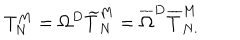
T _ { N } ^ { M } = \Omega ^ { D } \widetilde { T } _ { N } ^ { M } = \overline { { { \Omega } } } ^ { D } \overline { { { T } } } _ { N . } ^ { M }